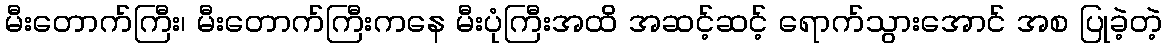
မီးတောက်ကြီး၊ မီးတောက်ကြီးကနေ မီးပုံကြီးအထိ အဆင့်ဆင့် ရောက်သွားအောင် အစ ပြုခဲ့တဲ့